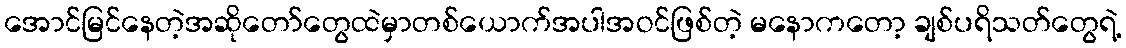
အောင်မြင်နေတဲ့အဆိုတော်တွေထဲမှာတစ်ယောက်အပါအဝင်ဖြစ်တဲ့ မနောကတော့ ချစ်ပရိသတ်တွေရဲ့